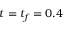
t = t _ { f } = 0 . 4